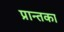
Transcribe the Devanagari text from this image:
प्रान्तका